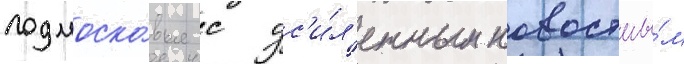
подмоско́вья с ус'и́л'енным новостны́м